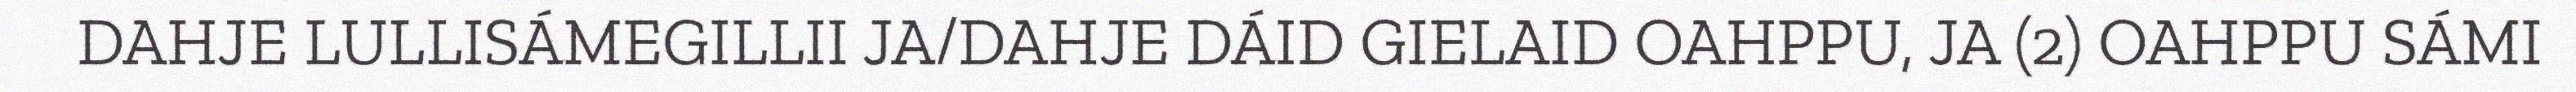
DAHJE LULLISÁMEGILLII JA/DAHJE DÁID GIELAID OAHPPU, JA (2) OAHPPU SÁMI